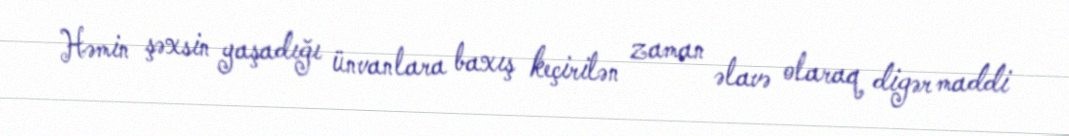
Həmin şəxsin yaşadığı ünvanlara baxış keçirilən zaman əlavə olaraq digər maddi